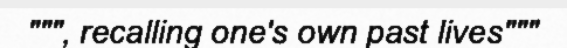
""", recalling one's own past lives"""